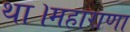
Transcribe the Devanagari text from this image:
था।महाराणा